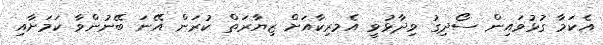
އެކަމާ ގުޅުވައިން ސޯދިގު ވިދާޅުވީ އެމރިކާއަށް ޒިޔާރަތް ކުރަން އޭނަ ބޭނުންވާ ކަމަށާއި